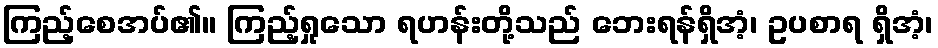
ကြည့်စေအပ်၏။ ကြည့်ရှုသော ရဟန်းတို့သည် ဘေးရန်ရှိအံ့၊ ဥပစာရ ရှိအံ့၊